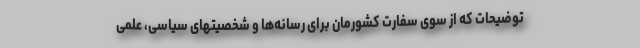
توضیحات که از سوی سفارت کشورمان برای رسانه‌ها و شخصیتهای سیاسی، علمی